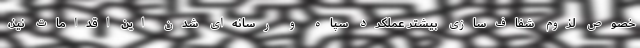
خصوص لزوم شفاف‌سازی بیشتر عملکرد سپاه و رسانه‌ای شدن این اقدامات نیز،